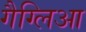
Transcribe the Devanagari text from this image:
गैग्लिआ